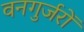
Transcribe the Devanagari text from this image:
वनगुर्जरों